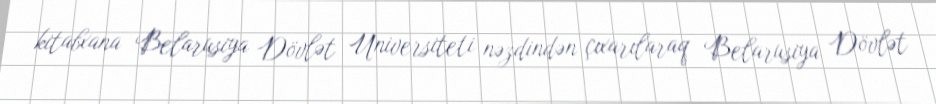
kitabxana Belarusiya Dövlət Universiteti nəzdindən çıxarılaraq Belarusiya Dövlət